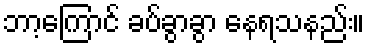
ဘာ့ကြောင် ခပ်ခွာခွာ နေရသနည်း။